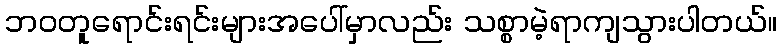
ဘဝတူရောင်းရင်းများအပေါ်မှာလည်း သစ္စာမဲ့ရာကျသွားပါတယ်။